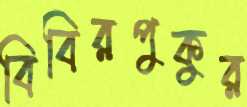
বিবিরপুকুর